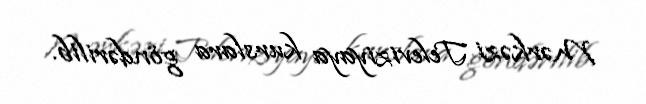
Mərkəzi Televiziyaya kurslara göndərilib.